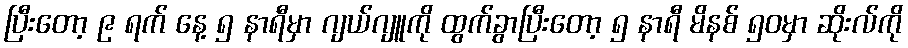
ပြီးတော့ ၉ ရက် နေ့ ၅ နာရီမှာ ဂျယ်ဂျူကို ထွက်ခွာပြီးတော့ ၅ နာရီ မိနစ် ၅၀မှာ ဆိုးလ်ကို